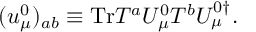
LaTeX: ( u _ { \mu } ^ { 0 } ) _ { { a b } } \equiv \mathrm { T r } T ^ { a } U _ { \mu } ^ { 0 } T ^ { b } U _ { \mu } ^ { 0 \dagger } .